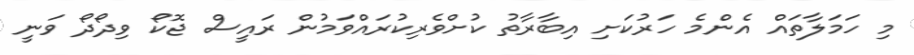
މި ހަމަލާތައް އެންމެ ހަރުކަށި އިބާރާތު ކުށްވެރިކުރައްވަމުން ރައީސް ޖޮކޯ ވިދޯދޯ ވަނީ